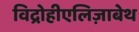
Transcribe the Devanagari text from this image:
विद्रोहीएलिज़ाबेथ